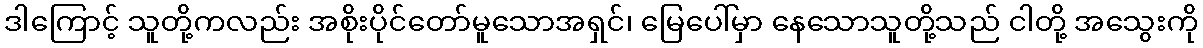
ဒါကြောင့် သူတို့ကလည်း အစိုးပိုင်တော်မူသောအရှင်၊ မြေပေါ်မှာ နေသောသူတို့သည် ငါတို့ အသွေးကို